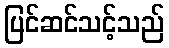
ပြင်ဆင်သင့်သည်